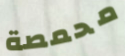
محمصة